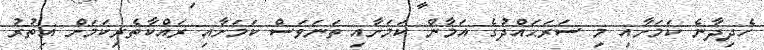
ހެދިދާނެ ކަމަށާއި މި ސަރަޙައްދުގެ އަމާން ކަމަށާއި ތަނަވަސް ކަމަށާއި ރައްކާތެރިކަމަށް އިތުރު